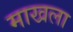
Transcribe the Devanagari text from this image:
माखला